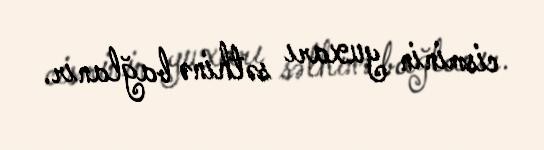
cisminin yuxarı səthinə bağlanır.